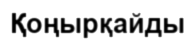
Қоңырқайды